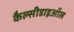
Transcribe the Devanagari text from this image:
कैल्सीडाइऑल